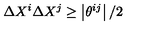
\Delta X ^ { i } \Delta X ^ { j } \geq \left| \theta ^ { i j } \right| / 2